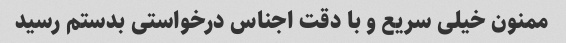
ممنون خیلی سریع و با دقت اجناس درخواستی بدستم رسید